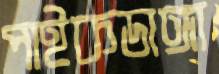
পাইকডাঙ্গা